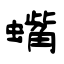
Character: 蟕